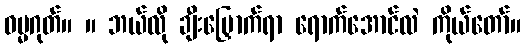
ဓမ္မဂုတ်။ ။ ဘယ်လို ချီးမြှောက်ရာ ရောက်အောင်လဲ ကိုယ်တော်။